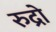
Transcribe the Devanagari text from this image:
रुद्रो